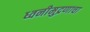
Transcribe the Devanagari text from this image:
ध्वनीमुद्रणाचा